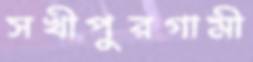
সখীপুরগামী